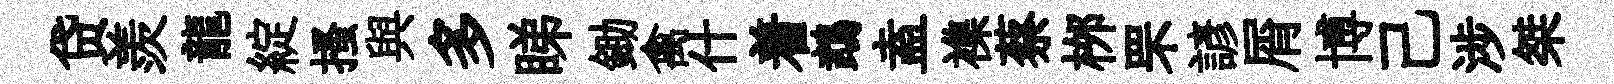
贷羨龍綻搔與多睇鋤禽什着鵡盍襍蔡桞罘諺屑博己涉桀